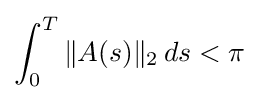
\int _{0}^{T}\|A(s)\|_{2}\,ds<\pi